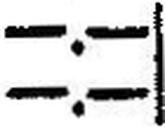
—.—